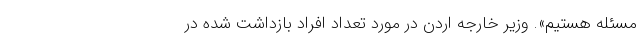
مسئله هستیم». وزیر خارجه اردن در مورد تعداد افراد بازداشت شده در